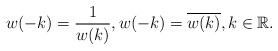
LaTeX: \begin{align*}w(-k) = \frac{1}{w(k)}, w(-k) = \overline{w(k)}, k \in \mathbb{R}.\end{align*}